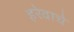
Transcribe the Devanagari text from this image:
हरेवाचे